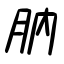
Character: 肭